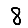
Digit: 8